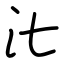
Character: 㲺